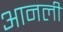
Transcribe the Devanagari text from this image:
आनली